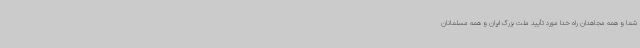
شما و همه مجاهدان راه خدا مورد تأیید ملت بزرگ ایران و همه مسلمانان